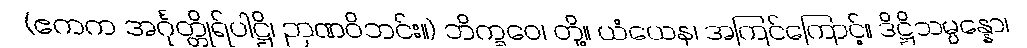
(ဧကက အင်္ဂုတ္တိုရ်ပါဋ္ဌိ၊ ဉာဏဝိဘင်း။) ဘိက္ခဝေ၊ တို့။ ယံယေန၊ အကြင်ကြောင့်။ ဒိဋ္ဌိသမ္ပန္နော၊